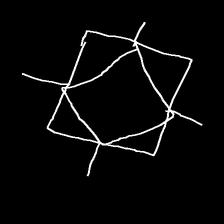
Glyph: light